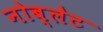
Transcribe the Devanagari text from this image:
नोब्लेट